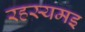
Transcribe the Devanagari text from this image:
रहस्यमइ